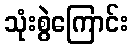
သုံးစွဲကြောင်း